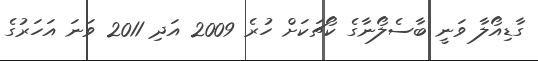
ގާޑިއޯލާ ވަނީ ބާސެލޯނާގެ ކޯޗަކަށް ހުރެ 2009 އަދި 2011 ވަނަ އަހަރުގެ